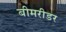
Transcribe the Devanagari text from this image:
बीमरीडर